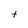
Character: t